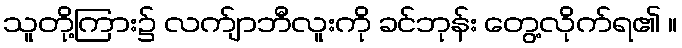
သူတို့ကြား၌ လက်ျာဘီလူးကို ခင်ဘုန်း တွေ့လိုက်ရ၏ ။